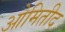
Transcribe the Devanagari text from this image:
ओमितीद